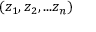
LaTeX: ( z _ { 1 } , z _ { 2 } , . . . z _ { n } )